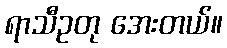
ရာသီဥတု အေးတယ်။